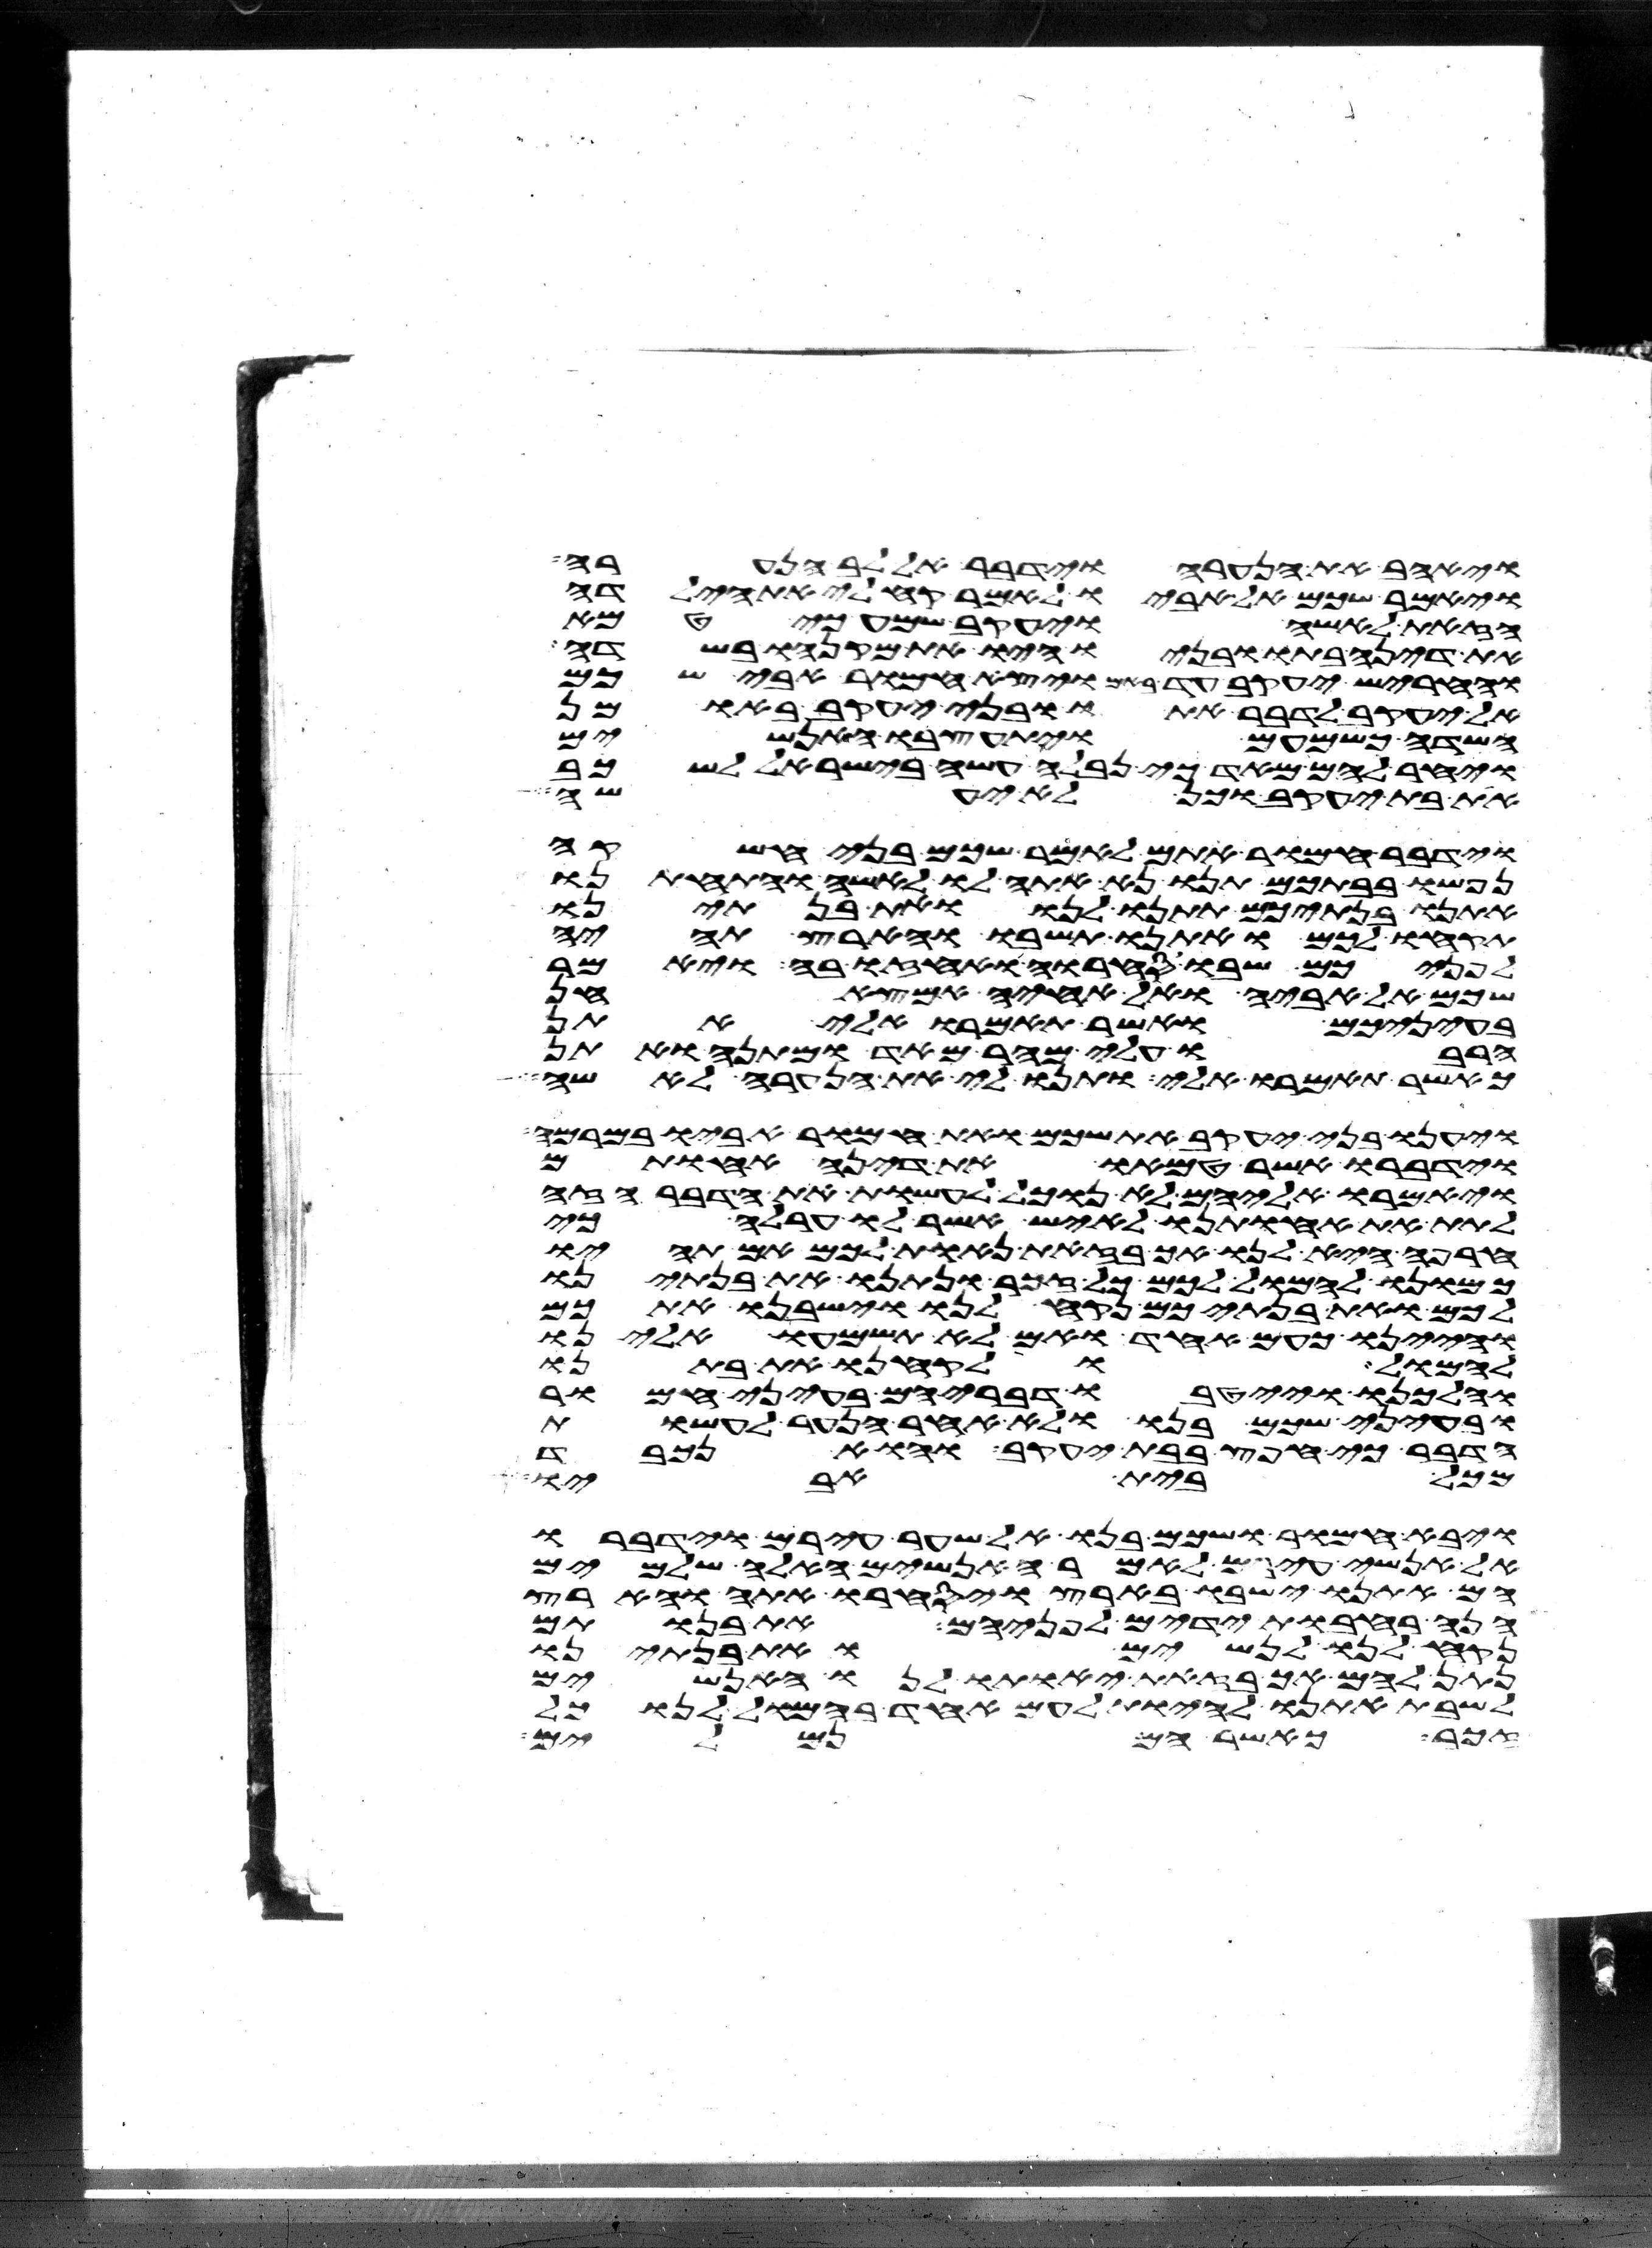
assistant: ויאהב את הנערה וידבר אל לב הנערה
ויאמר שכם אל אביו לאמר קח לי את הילדה
הזאת לאשה ויעקב שמע כי טמא
את דינה בתו ובניו היו את מקנהו בשדה
וחריש יעקב עד באם ויצא חמור אבי שכם
אל יעקב לדבר אתו ובני יעקב באו מן
השדה כשמעם ויתעצבו האנשים
ויחר להם מאד כי נבלה עשה בישראל לשכב
את בת יעקב וכן לא יעשה
וידבר חמור אתם לאמר שכם בני חשקה
נפשו בבתכם תנו נא אתה לו לאשה והתחתנו
אתנו בנתיכם תתנו לנו ואת בנתינו
תקחו לכם ואתנו תשבו והארץ תהיה
לפניכם שבו סחרו ואחזו בה ויאמר
שכם אל אביה ואל אחיה אמצא חן
בעיניכם ואשר תאמרו אלי אתן
הרבו עלי מהר מאד ומתנה ואתן
כאשר תאמרו אלי ותנו לי את הנערה לאשה
ויענו בני יעקב את שכם ואת חמור אביו במרמה
וידברו אשר טמאו את דינה אחותם
ויאמרו אליהם לא נוכל לעשות את הדבר הזה
לתת את אחותנו לאיש אשר לו ערלה כי
חרפה היא לנו אך בזאת נאות לכם אם תהיו
כמונו להמול לכם כל זכר ונתנו את בנתינו
לכם ואת בנתיכם נקח לנו וישבנו אתכם
והיינו כעם אחד ואם לא תשמעו אלינו
להמול ולקחנו את בתנו
והלכנו וייטבו דבריהם בעיני חמור
ובעיני שכם בנו ולא אחר הנער לעשות
הדבר כי חפץ בבת יעקב והוא נכבד
מכל בית אביו
ויבא חמור ושכם בנו אל שער עירם וידברו
אל אנשי עירם לאמר האנשים האלה שלמים
הם אתנו ישבו בארץ ויסחרו אתה והארץ
הנה רחבות ידים לפניהם את בנותם
נקח לנו לנשים ואת בנתינו
נתן להם אך בזאת יאותו לנו האנשים
לשבת אתנו להיות לעם אחד בהמול לנו כל
זכר כאשר הם נמלים